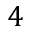
4